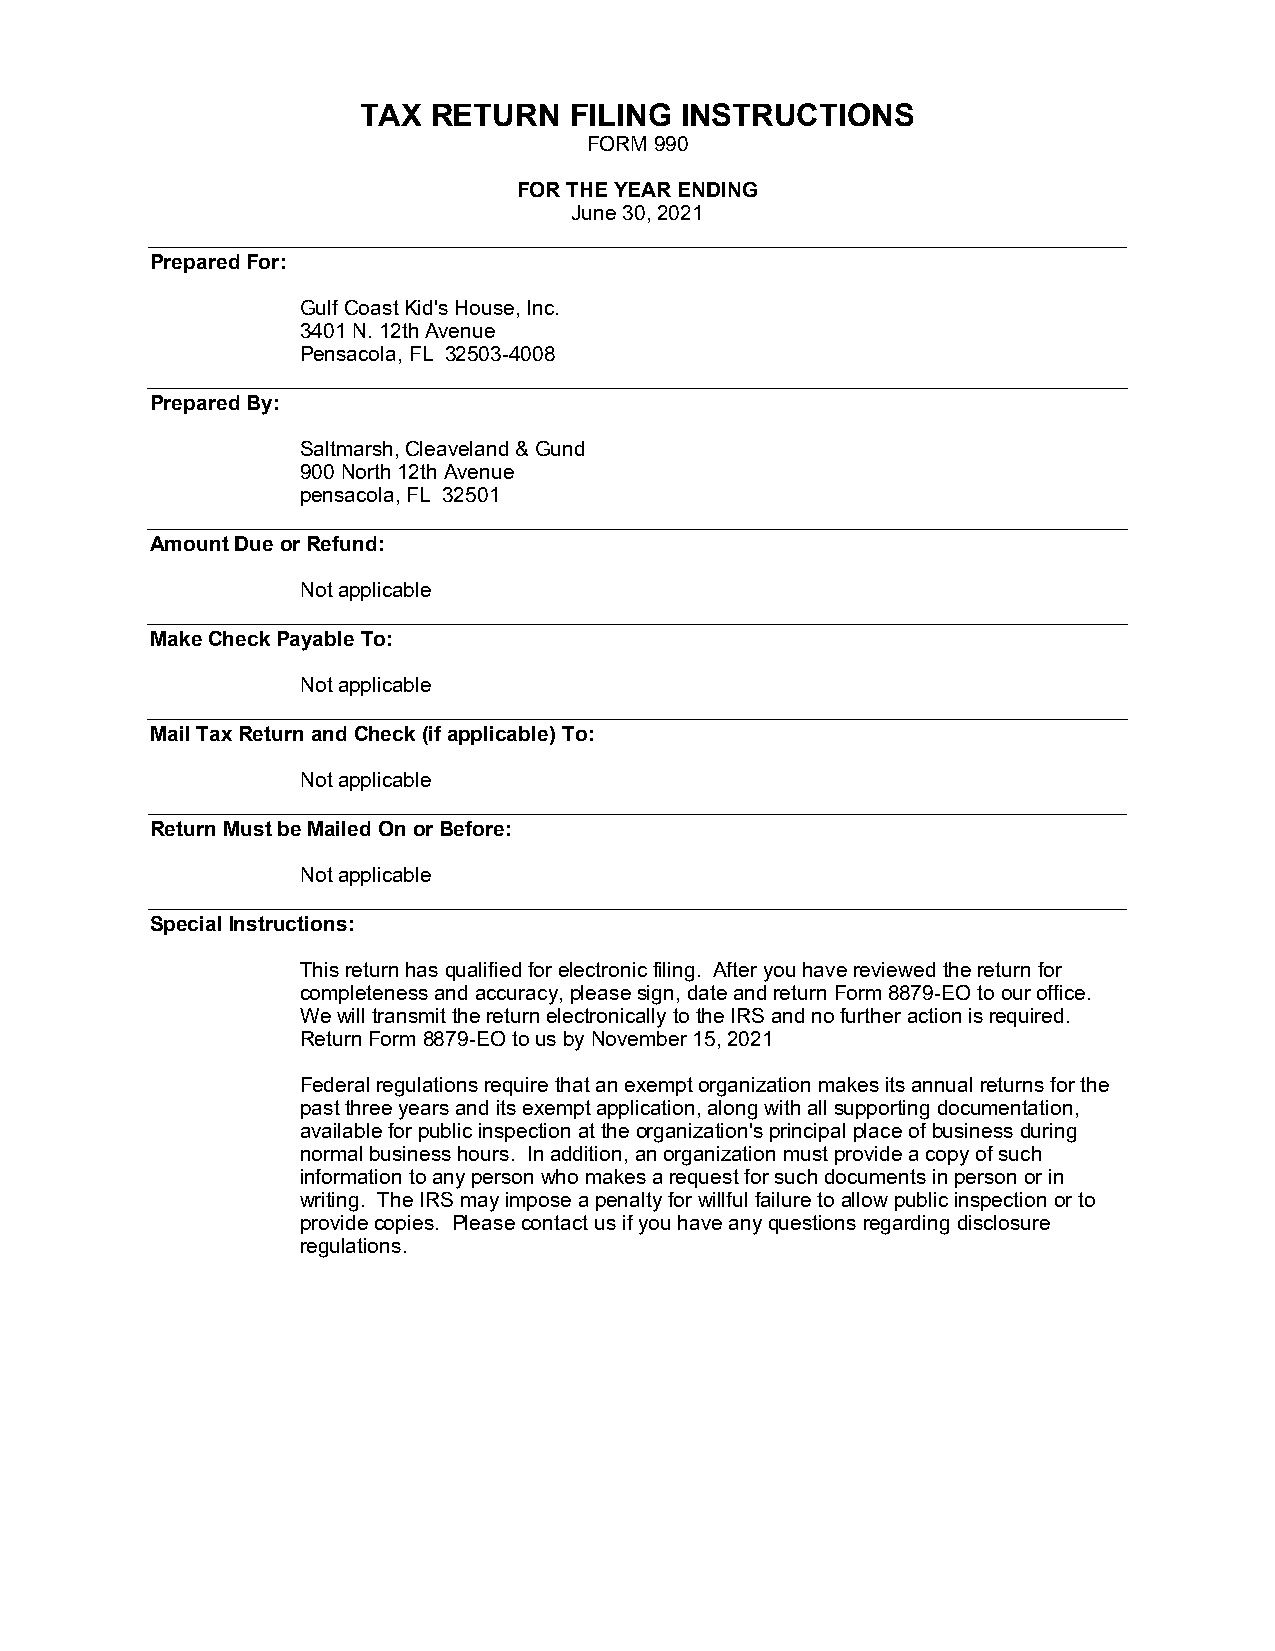
TAX  RETURN   FILING INSTRUCTIONS
 FORM 990
 FOR THE YEAR ENDING
 June 30, 2021
 Prepared For:
 Gulf Coast Kid's House, Inc.
 3401 N. 12th Avenue
 Pensacola, FL 32503-4008
 Prepared By:
 Saltmarsh, Cleaveland & Gund
 900 North 12th Avenue
 pensacola, FL 32501
 Amount Due or Refund:
 Not applicable
 Make Check Payable To:
 Not applicable
 Mail Tax Return and Check (if applicable) To:
 Not applicable
 Return Must be Mailed On or Before:
 Not applicable
 Special Instructions:
 This return has qualified for electronic filing. After you have reviewed the return for
 completeness and accuracy, please sign, date and return Form 8879-EO to our office.
 We will transmit the return electronically to the IRS and no further action is required.
 Return Form 8879-EO to us by November 15, 2021
 Federal regulations require that an exempt organization makes its annual returns for the
 past three years and its exempt application, along with all supporting documentation,
 available for public inspection at the organization's principal place of business during
 normal business hours. In addition, an organization must provide a copy of such
 information to any person who makes a request for such documents in person or in
 writing. The IRS may impose a penalty for willful failure to allow public inspection or to
 provide copies. Please contact us if you have any questions regarding disclosure
 regulations.